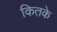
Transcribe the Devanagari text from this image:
कितके